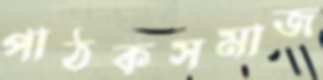
পাঠকসমাজ